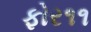
ફોર૧૧